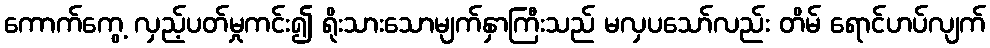
ကောက်ကွေ့ လှည့်ပတ်မှုကင်း၍ ရိုးသားသောမျက်နှာကြီးသည် မလှပသော်လည်း တိမ် ရောင်ဟပ်လျက်